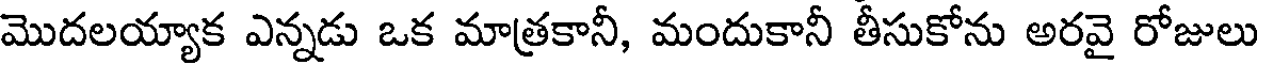
మొదలయ్యాక ఎన్నడు ఒక మాత్రకానీ, మందుకానీ తీసుకోను అరవై రోజులు